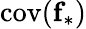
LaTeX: \textrm{cov}(\textbf{f}_{*})